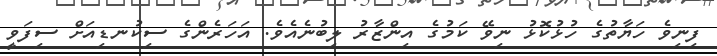
ފިނިވެ ހަޔާތުގެ ހުޅުކޮޅު ނިވޭ ކަމުގެ އިންޒާރު ލިބުނެއެވެ. އަހަރެންގެ ސިކުނޑިއަށް ސިފަވީ